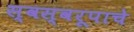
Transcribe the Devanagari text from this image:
स्वस्वरूपाचे